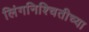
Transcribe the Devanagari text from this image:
लिंगनिश्चितीच्या